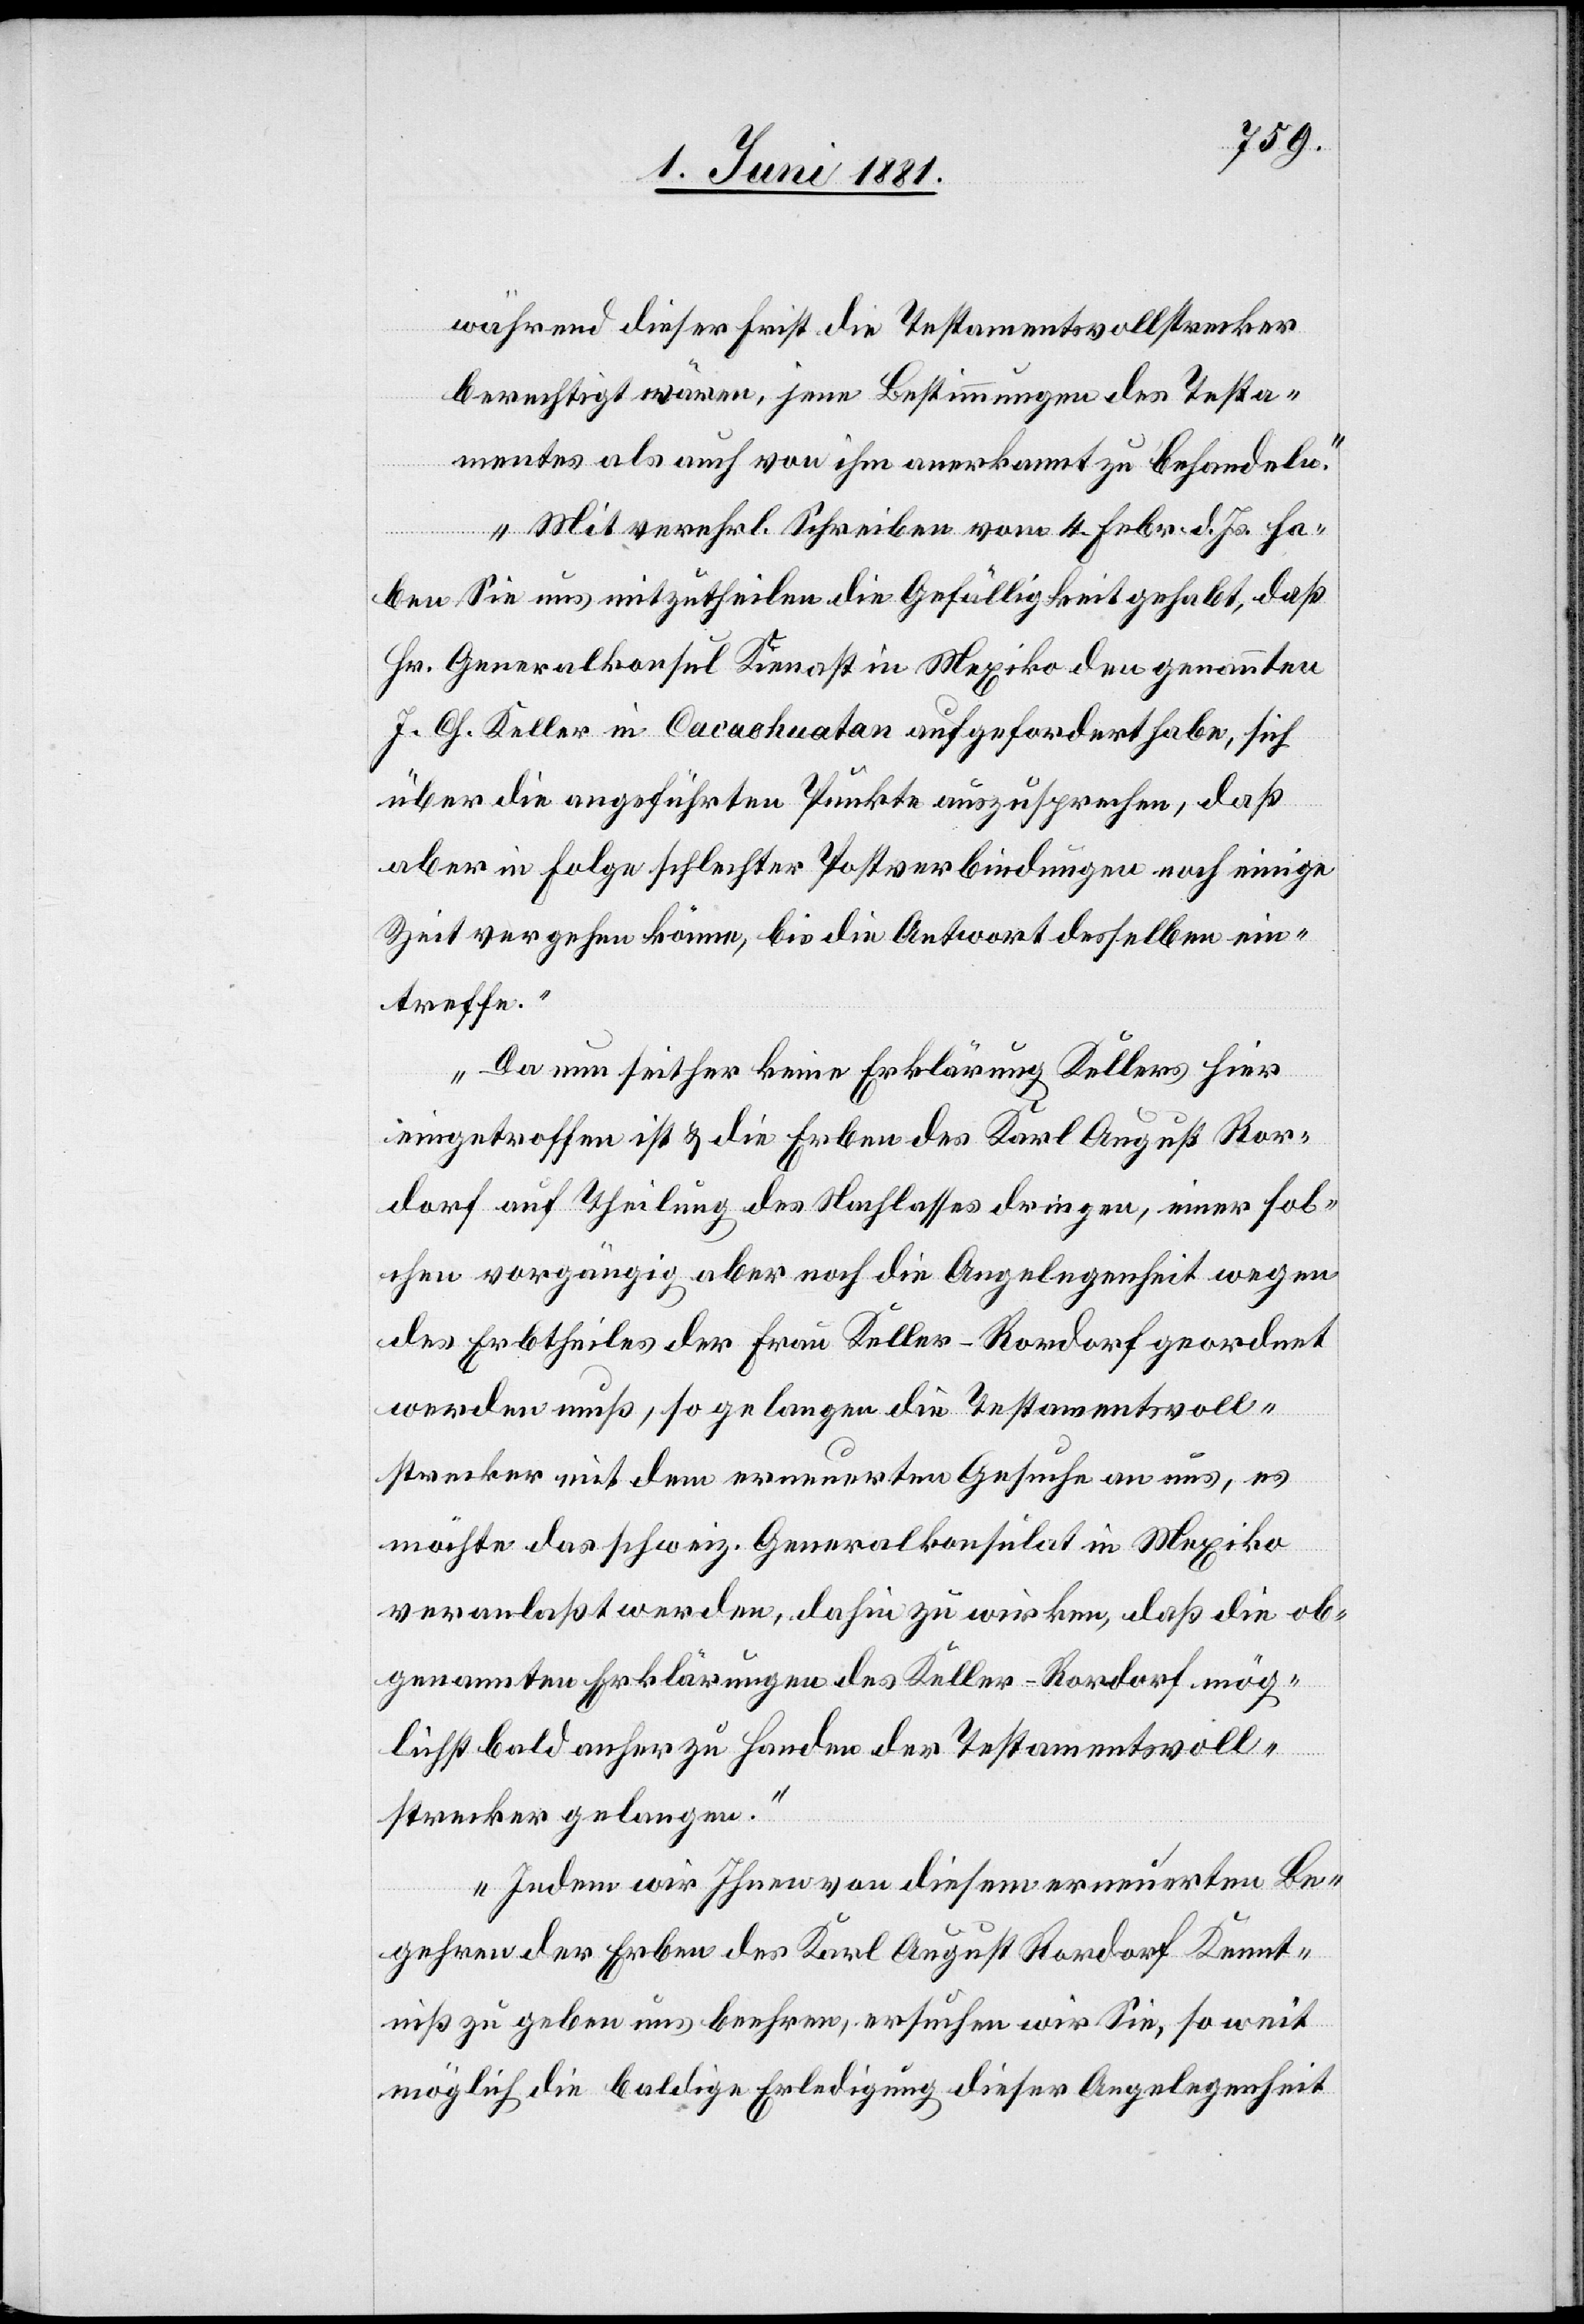
während dieser Frist die Testamentsvollstrecker
berechtigt wären, jene Bestimmungen des Testa¬
mentes als auch von ihm anerkannt zu behandeln.
Mit verehrl. Schreiben vom 4. Febr. d. Js. ha¬
ben Sie uns mitzutheilen die Gefälligkeit gehabt, daß
Hr. Generalkonsul Kienast in Mexiko den genannten
J. Ch. Keller in Cacaokuatan aufgefordert habe, sich
über die angeführten Punkte auszusprechen, daß
aber in Folge schlechter Postverbindungen noch einige
Zeit vergehen könne, bis die Antwort desselben ein¬
treffe.
Da nun seither keine Erklärung Kellers hier
eingetroffen ist & die Erben des Karl August Ror¬
dorf auf Theilung des Nachlasses dringen, einer sol¬
chen vorgängig aber noch die Angelegenheit wegen
des Erbtheiles der Frau Keller-Rordorf geordnet
werden muß, so gelangen die Testamentsvoll¬
strecker mit dem erneuerten Gesuche an uns, es
möchte das schweiz. Generalkonsulat in Mexiko
veranlaßt werden, dahin zu wirken, daß die ob¬
genannten Erklärungen des Keller-Rordorf mög¬
lichst bald anher zu Handen der Testamentsvoll¬
strecker gelangen.
Indem wir Ihnen von diesem erneuerten Be¬
gehren der Erben des Karl August Rordorf Kennt¬
niß zu geben uns beehren, ersuchen wir Sie, soweit
möglich die baldige Erledigung dieser Angelegenheit